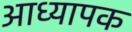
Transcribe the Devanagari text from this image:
आध्यापक